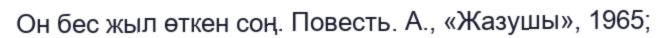
Он бес жыл өткен соң. Повесть. А., «Жазушы», 1965;